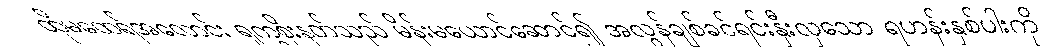
ထိုမထေရ်အလောင်း ရုက္ခစိုးနတ်သည် မိန်းမယောင်ဆောင်၍ အလွန်ချစ်ခင်ရင်းနှီးလှသော ရဟန်းနှစ်ပါးကို